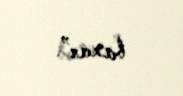
baxar”.